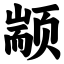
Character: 颛